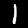
Digit: 1